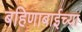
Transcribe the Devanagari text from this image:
बहिणाबाईच्‍या